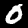
Label: 0